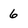
Character: 6